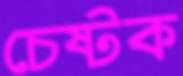
চেষ্টক